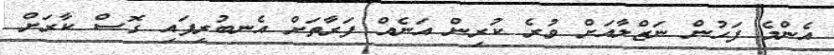
އެންމެ ފަހުން ނަޒްލާއަށް ވުރެ ކުރިން އަނެއް ފަރާތަށް އެނބުރިފައި ގޮސް ކާރަށް